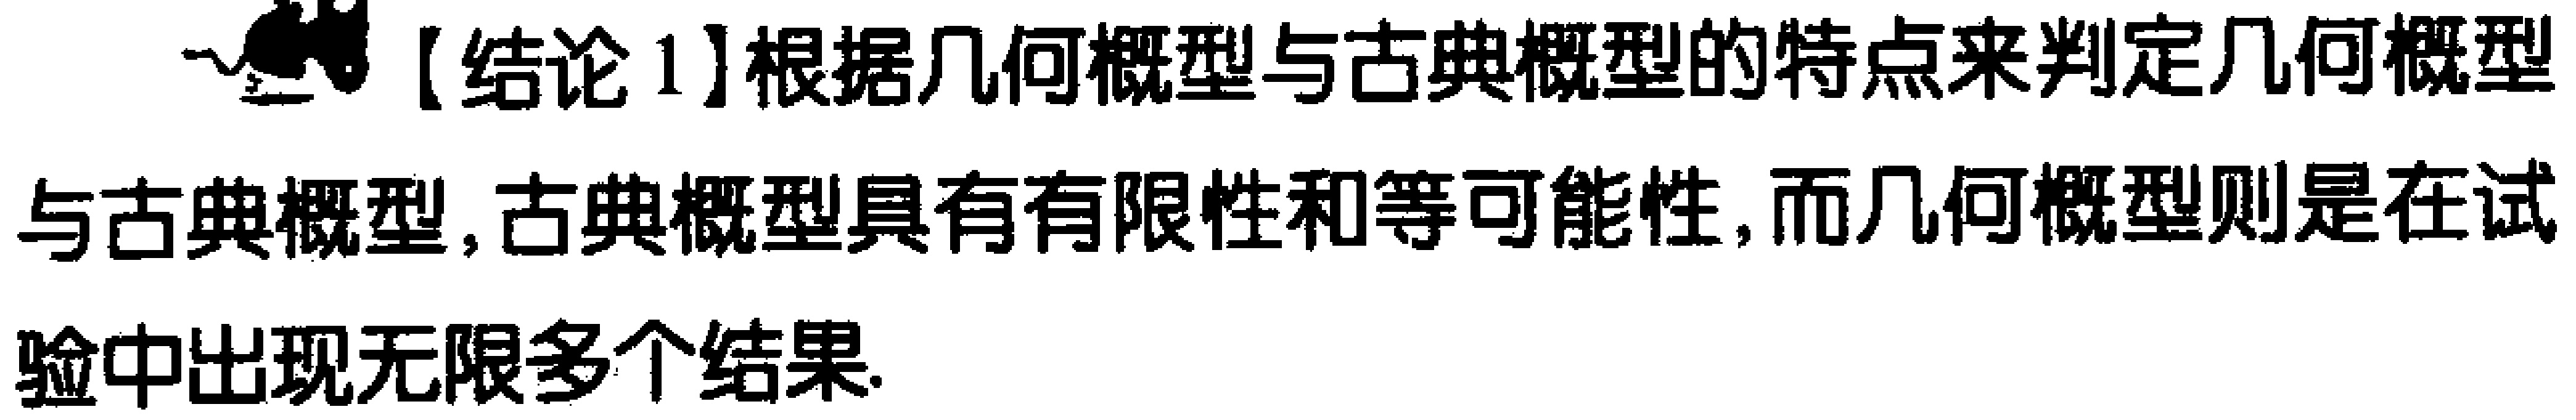
【结论1】根据几何概型与古典概型的特点来判定几何概型与古典概型, 古典概型具有有限性和等可能性, 而几何概型则是在试验中出现无限多个结果.